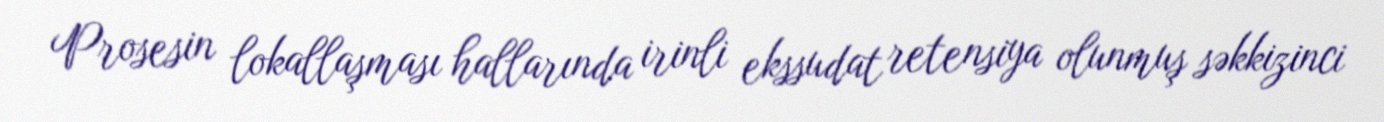
Prosesin lokallaşması hallarında irinli ekssudat retensiya olunmuş səkkizinci